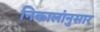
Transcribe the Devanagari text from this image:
निकालांनुसार